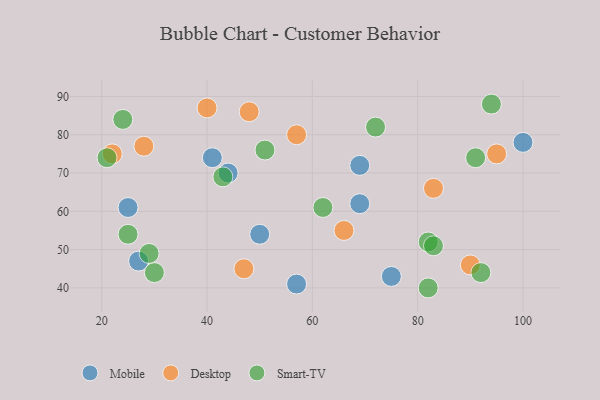
{"axis": {"x": "GDP", "y": "Life Expectancy"}, "legend": ["Desktop", "Mobile", "Smart-TV"], "data": [{"x": "27", "y": 47, "type": "Mobile"}, {"x": "69", "y": 62, "type": "Mobile"}, {"x": "100", "y": 78, "type": "Mobile"}, {"x": "25", "y": 61, "type": "Mobile"}, {"x": "75", "y": 43, "type": "Mobile"}, {"x": "50", "y": 54, "type": "Mobile"}, {"x": "69", "y": 72, "type": "Mobile"}, {"x": "44", "y": 70, "type": "Mobile"}, {"x": "57", "y": 41, "type": "Mobile"}, {"x": "41", "y": 74, "type": "Mobile"}, {"x": "83", "y": 66, "type": "Desktop"}, {"x": "90", "y": 46, "type": "Desktop"}, {"x": "66", "y": 55, "type": "Desktop"}, {"x": "28", "y": 77, "type": "Desktop"}, {"x": "57", "y": 80, "type": "Desktop"}, {"x": "95", "y": 75, "type": "Desktop"}, {"x": "40", "y": 87, "type": "Desktop"}, {"x": "48", "y": 86, "type": "Desktop"}, {"x": "47", "y": 45, "type": "Desktop"}, {"x": "22", "y": 75, "type": "Desktop"}, {"x": "82", "y": 52, "type": "Smart-TV"}, {"x": "72", "y": 82, "type": "Smart-TV"}, {"x": "94", "y": 88, "type": "Smart-TV"}, {"x": "62", "y": 61, "type": "Smart-TV"}, {"x": "21", "y": 74, "type": "Smart-TV"}, {"x": "83", "y": 51, "type": "Smart-TV"}, {"x": "30", "y": 44, "type": "Smart-TV"}, {"x": "82", "y": 40, "type": "Smart-TV"}, {"x": "24", "y": 84, "type": "Smart-TV"}, {"x": "43", "y": 69, "type": "Smart-TV"}, {"x": "91", "y": 74, "type": "Smart-TV"}, {"x": "92", "y": 44, "type": "Smart-TV"}, {"x": "25", "y": 54, "type": "Smart-TV"}, {"x": "29", "y": 49, "type": "Smart-TV"}, {"x": "51", "y": 76, "type": "Smart-TV"}]}